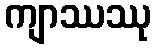
ကျာဿဿု